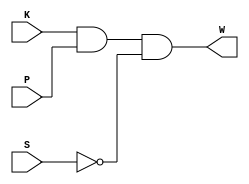
module beltwarn_s(
	input wire K, P, S,
	output wire W );

wire N1, N2;

not Inv_1 (N2, S);
and And2_1(N1, K, P);
and And2_2(W, N1, N2);

endmodule

module beltwarn_b(
	input wire K, P, S,
	output reg W );


always@(K,P,S) begin
	W <= K & P & !S;
end

endmodule